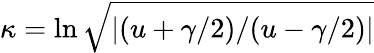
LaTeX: \kappa=\ln\sqrt{|(u+\gamma/2)/(u-\gamma/2)|}